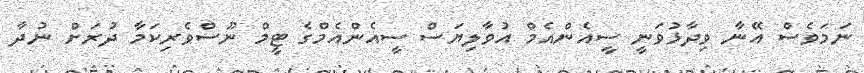
ނަމަވެސް އޭނާ ވިދާޅުވަނީ ސީއެންއެމް އުވާލިޔަސް ސީއެންއެމްގެ ޓީމް ނޫސްވެރިކަމާ ދުރަށް ނުދާ